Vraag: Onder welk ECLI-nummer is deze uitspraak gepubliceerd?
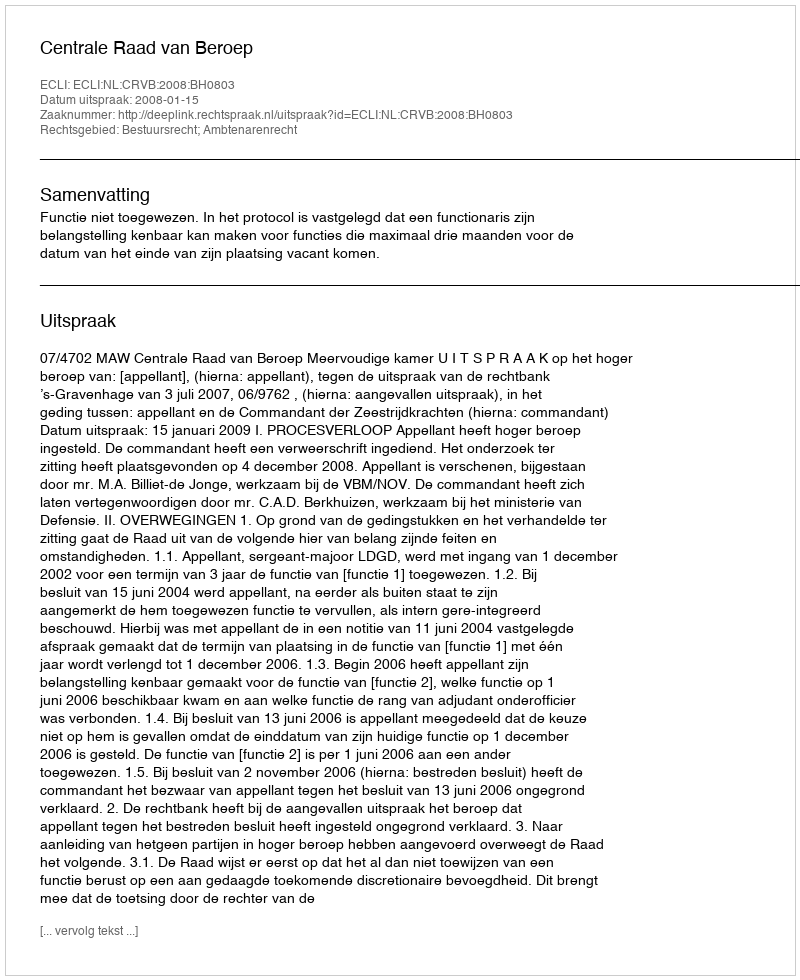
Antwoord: ECLI:NL:CRVB:2008:BH0803